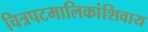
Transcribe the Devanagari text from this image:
चित्रपटमालिकांशिवाय